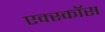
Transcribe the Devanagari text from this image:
एक्स्कॉस